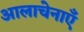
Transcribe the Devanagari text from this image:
आलाचेनाएँ